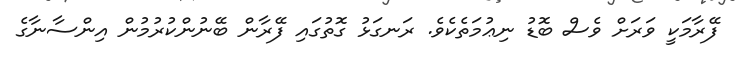
ފޭރާމަކީ ވަރަށް ވެސް ބޮޑު ނިޢުމަތެކެވެ. ރަނގަޅު ގޮތުގައި ފޭރާން ބޭނުންކުރުމުން އިންސާނާގެ